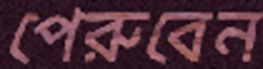
পেরুবেন